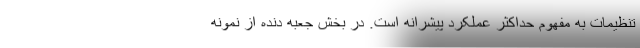
تنظیمات به مفهوم حداکثر عملکرد پیشرانه است. در بخش جعبه دنده از نمونه